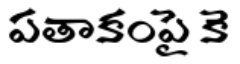
పతాకంపై కె